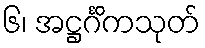
၆၊ အဋ္ဌင်္ဂိကသုတ်